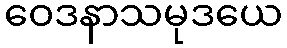
ဝေဒနာသမုဒယေ